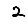
Digit: 2